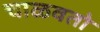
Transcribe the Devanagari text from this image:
चाळवतो